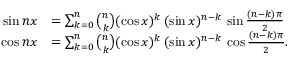
{ \begin{array} { r l } { \sin n x } & { = \sum _ { k = 0 } ^ { n } { \binom { n } { k } } ( \cos x ) ^ { k } \, ( \sin x ) ^ { n - k } \, \sin { \frac { ( n - k ) \pi } { 2 } } } \\ { \cos n x } & { = \sum _ { k = 0 } ^ { n } { \binom { n } { k } } ( \cos x ) ^ { k } \, ( \sin x ) ^ { n - k } \, \cos { \frac { ( n - k ) \pi } { 2 } } . } \end{array} }